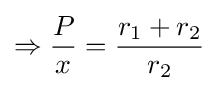
\Rightarrow {\frac {P}{x}}={\frac {r_{1}+r_{2}}{r_{2}}}\,\!